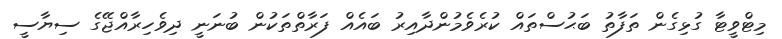
މިޓްވީޓާ ގުޅިގެން ތަފާތު ބަޙުސްތައް ކުރެވެމުންދާއިރު ބައެއް ފަރާތްތަކުން ބުނަނީ ދިވެހިރާއްޖޭގެ ސިޔާސީ